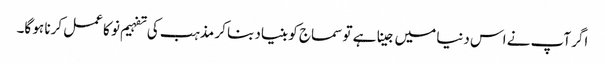
اگر آپ نے اس دنیا میں جینا ہے تو سماج کو بنیاد بنا کر مذہب کی تفہیم نو کا عمل کرنا ہو گا۔